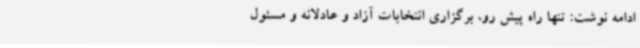
ادامه نوشت: تنها راه پیش رو، برگزاری انتخابات آزاد و عادلانه و مسئول